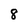
Character: 8